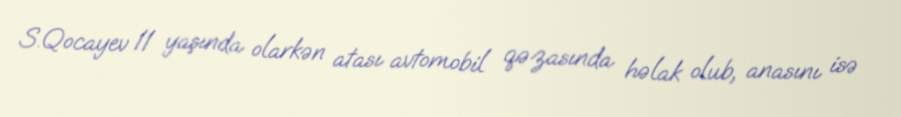
S.Qocayev 11 yaşında olarkən atası avtomobil qəzasında həlak olub, anasını isə